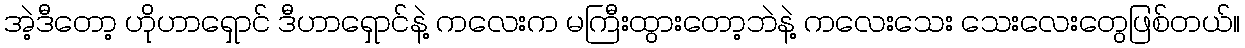
အဲ့ဒီတော့ ဟိုဟာရှောင် ဒီဟာရှောင်နဲ့ ကလေးက မကြီးထွားတော့ဘဲနဲ့ ကလေးသေး သေးလေးတွေဖြစ်တယ်။